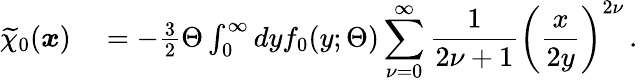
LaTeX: \begin{array}{rl}{\widetilde{\chi}_{0}(\boldsymbol{x})}&{{}=-\frac{3}{2}\Theta\int_{0}^{\infty}dyf_{0}(y;\Theta)\displaystyle\sum_{\nu=0}^{\infty}\frac{1}{2\nu+1}\left(\frac{x}{2y}\right)^{2\nu}\, .}\end{array}